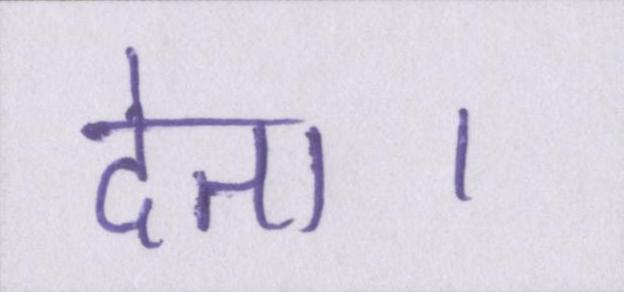
देता।